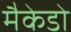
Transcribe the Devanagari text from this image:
मैकेडो